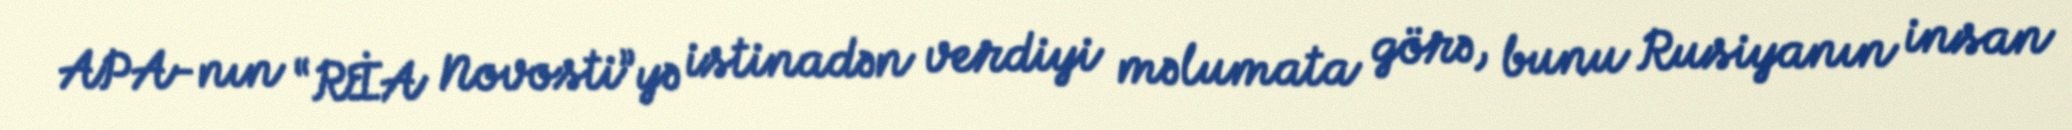
APA-nın “RİA Novosti”yə istinadən verdiyi məlumata görə, bunu Rusiyanın insan